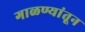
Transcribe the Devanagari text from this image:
गाळण्यांतून